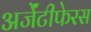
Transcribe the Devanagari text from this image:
अर्जेंटीफेरस